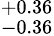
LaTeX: ^{+0.36}_{-0.36}